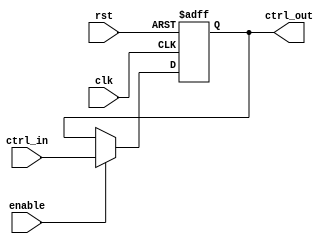
module ControlRegister (
    input wire clk,             // Clock signal
    input wire rst,             // Asynchronous reset signal
    input wire enable,          // Enable signal for updating the register
    input wire [N-1:0] ctrl_in, // Multi-bit control inputs (N bits wide)
    output reg [N-1:0] ctrl_out // Multi-bit control outputs (N bits wide)
);
    // Parameter for the width of control signals
    parameter N = 8; // Example width, can be adjusted as needed

    // Asynchronous reset and clocked behavior
    always @(posedge clk or posedge rst) begin
        if (rst) begin
            // Reset behavior: Set all bits to 0
            ctrl_out <= {N{1'b0}};
        end else if (enable) begin
            // Update behavior: Update control output with control input
            ctrl_out <= ctrl_in;
        end
        // If enable is low, hold the previous value of ctrl_out
    end

endmodule